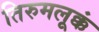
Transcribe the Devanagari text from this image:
तिरुमलूक्कं